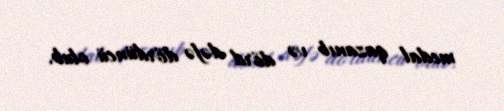
medal qazanıb və dörd dəfə dördüncü olub.